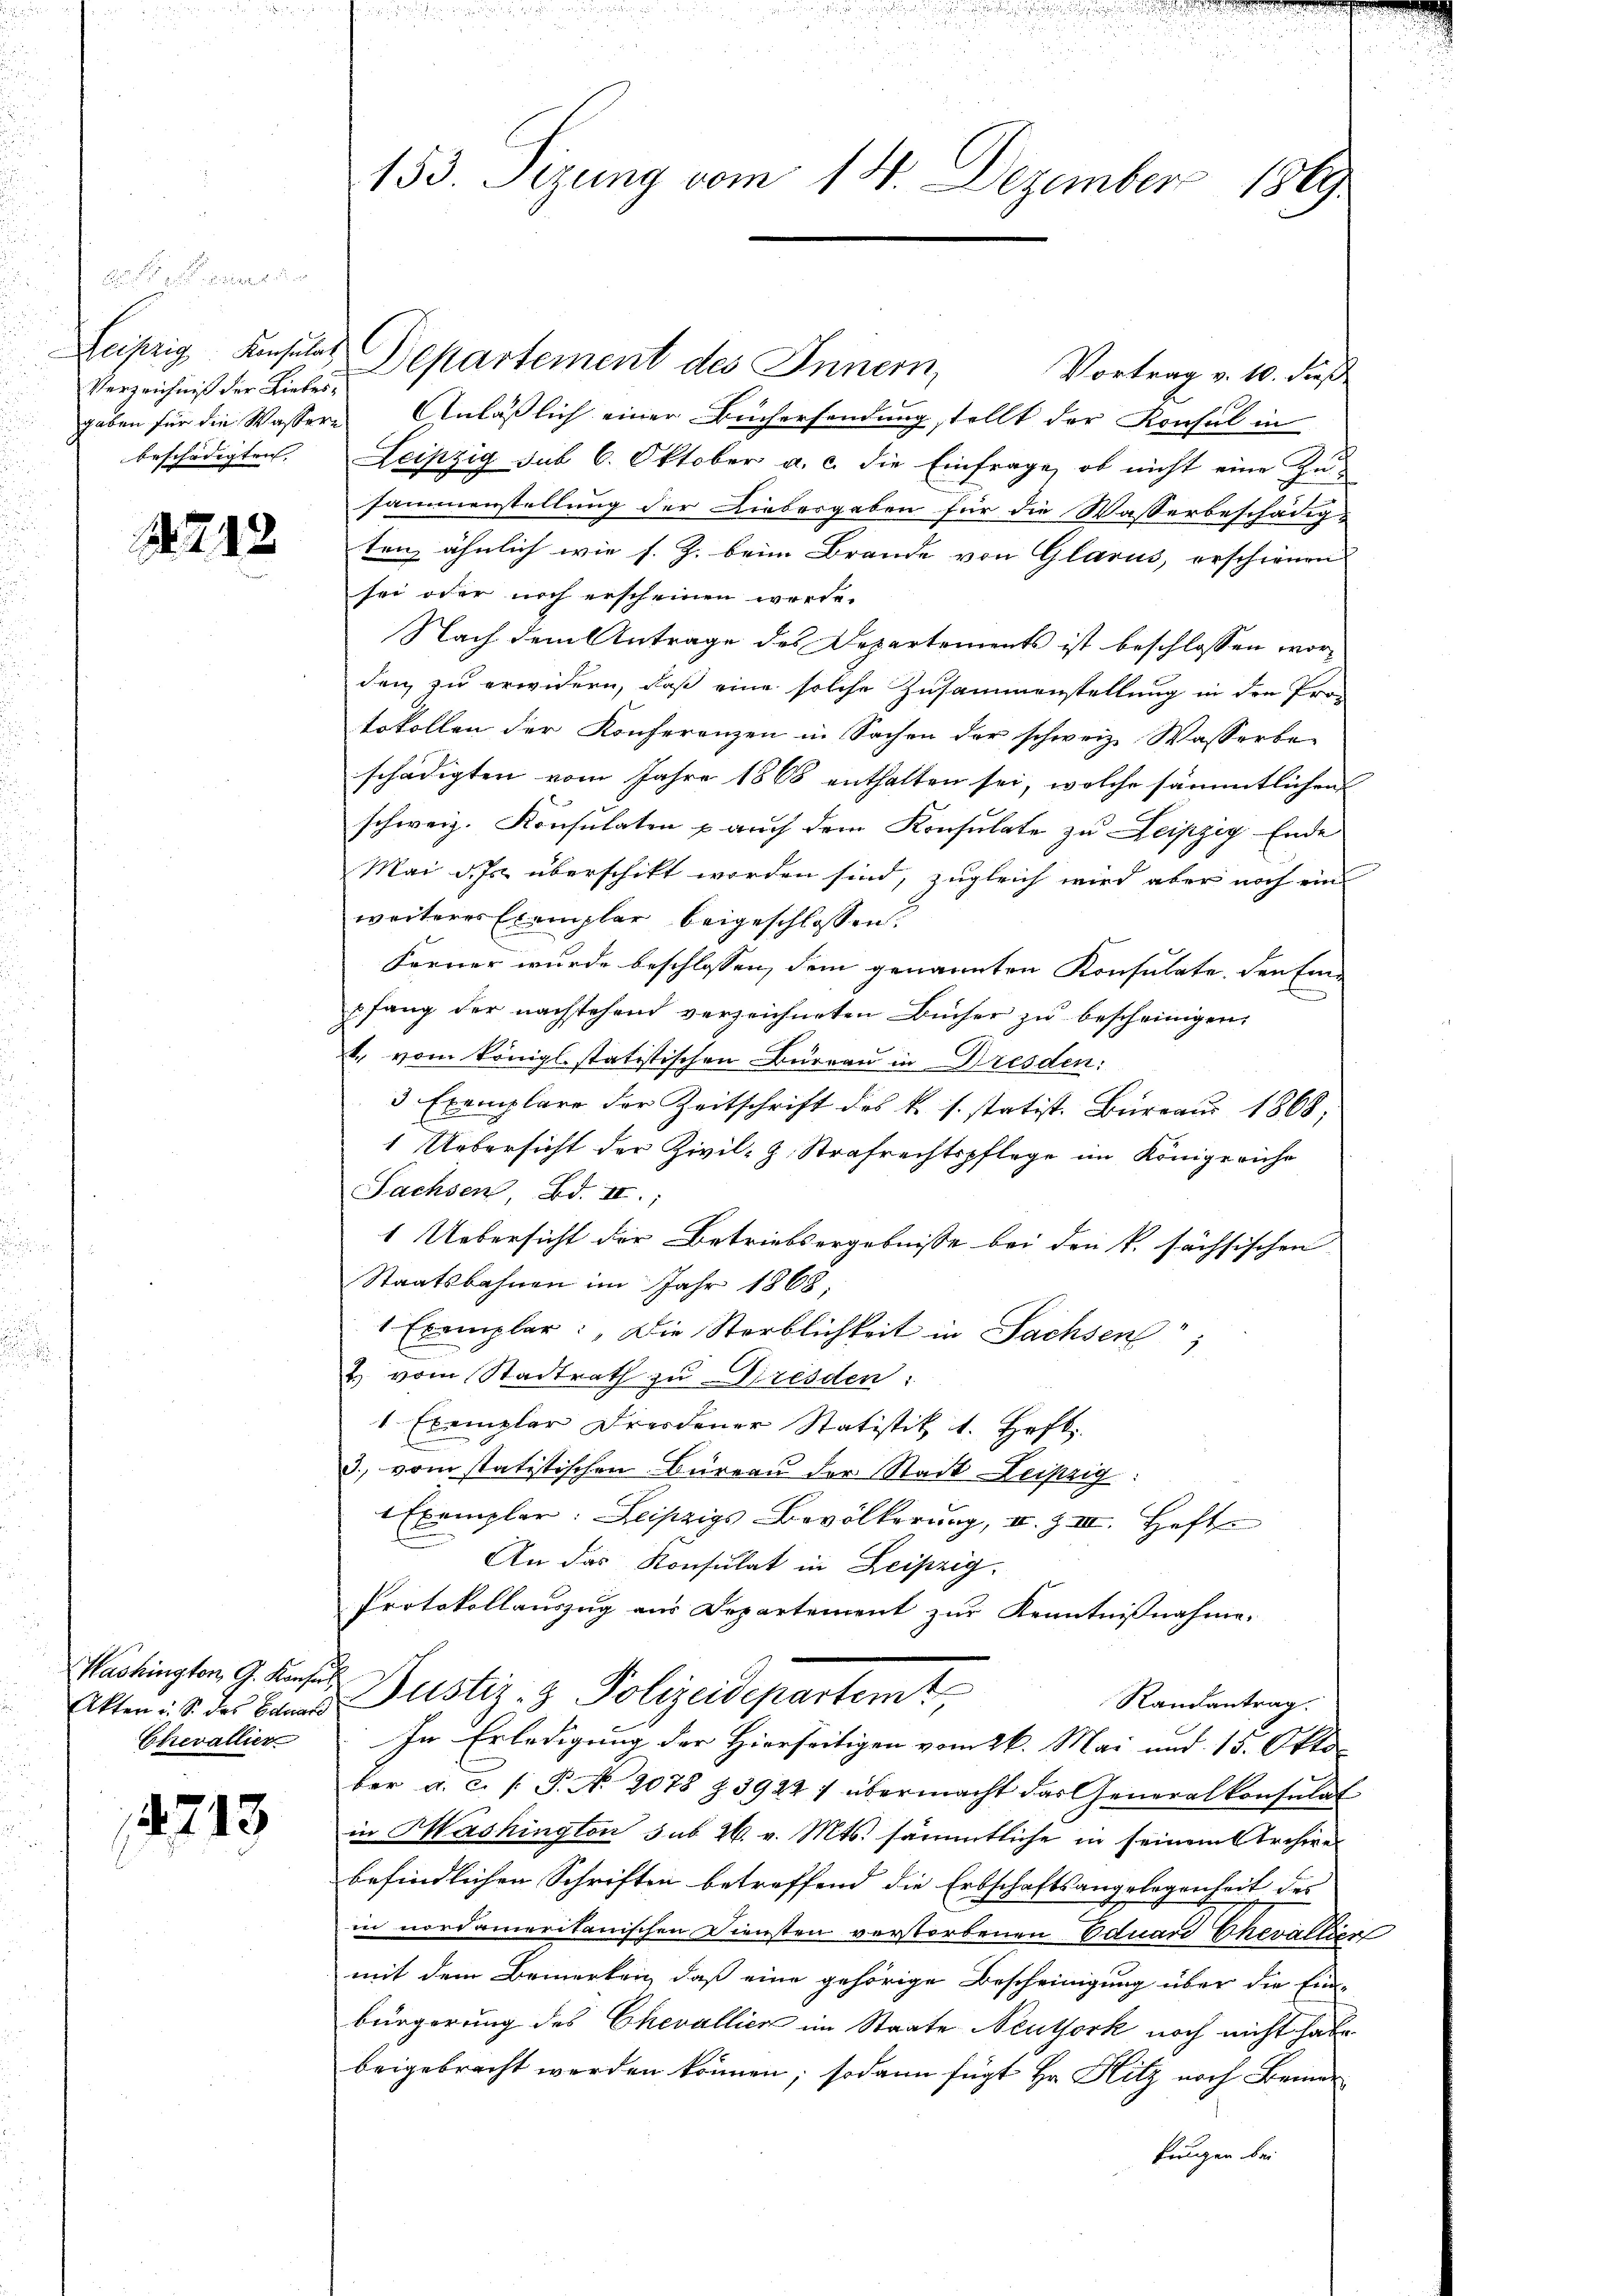
Verzeichniß der Liebes,
beschädigten |

41218

Hashingten G. Konsul
Chevallier

4713

Leipzig Konsulat Departement des Innern,
Vortrag v. 10. dieß
gaben für die Wassere Anläßlich einer Büchersendung stellt der Konsul in
Leipzig sub 6. Oktober a. c. die Einfrage, ob nicht eine Zusammenstellung der Liebergaben für die Wasserbeschädigs
ten ähnlich wie s. Z. beim Brande von Glarus, erschienen
sei oder noch erscheinen werde.
Nach dem Antrage des Departements ist beschlossen worden zu erwidern, daß eine solche Zusammenstellung in den Pro-
tokollen der Konferenzen in Sachen der schweiz. Wasserbe-
schädigten vom Jahre 1868 enthalten sei, welche sämmtlichen
schweiz. Konsulaten p auch dem Konsulate zu Leipzig Ende
Mai d. Js. überschikt worden sind, zugleich wird aber noch ein
weiteres Exemplar beigeschlossen.
Ferner wurde beschlossen, dem genannten Konsulate, den Eine
pfang der nachstehend verzeichneten Bücher zu bescheinigen,
4., vom königl. statistischen Bureau in Dresden:
3 Exemplare der Zeitschrift des k. s. statist. Büreau 1868,
1 Uebersicht der Zivil-Z. Strafrechtspflege im Königreiche
Sachsen, Bd. II.,
1 Uebersicht der Betriebsergebnisse bei den k. sächsischen
Staatsbahnen im Jahr 1868,
1 Exemplar: Die Sterblichkeit in Sachsen;
2 vom Stadtrath zu Dresden:
1 Exemplar Freidener Statistik 1. Heft
3. vom statistischen Büreau der Stadt Leipzig:
Exemplar: Leipzigs Bevölkerung, u. Z III. Heft
An das Konsulat in Leipzig.
Protokollauszug aus Departement zur Kenntnißnahme.
Akten : S. des Banns Justiz- & Polizeidepartemt
Randantrag.
In Erledigung der Hierseitigen vom 26. Mai und 15. Okto
ber a. c. /: P. No. 2078 § 3922 7 übermacht das Generalkonsulat
in Mashington sub 26. v. Mts. sämmtliche in seinem Archive
befindlichen Schriften betreffend die Erbschaftsangelegenheit des
in nordameritanischen Diensten verstorbenen Eduard Chevallier
mit dem Bemerken, daß eine gehörige Bescheinigung über die Ein-
bürgerung des Chevallien im Staate Neuthork noch nicht habe
beigebracht werden können; sodann fügt Hr. Hitz noch Berner
kungen bei

153. Sizung vom 14. Dezember 1869